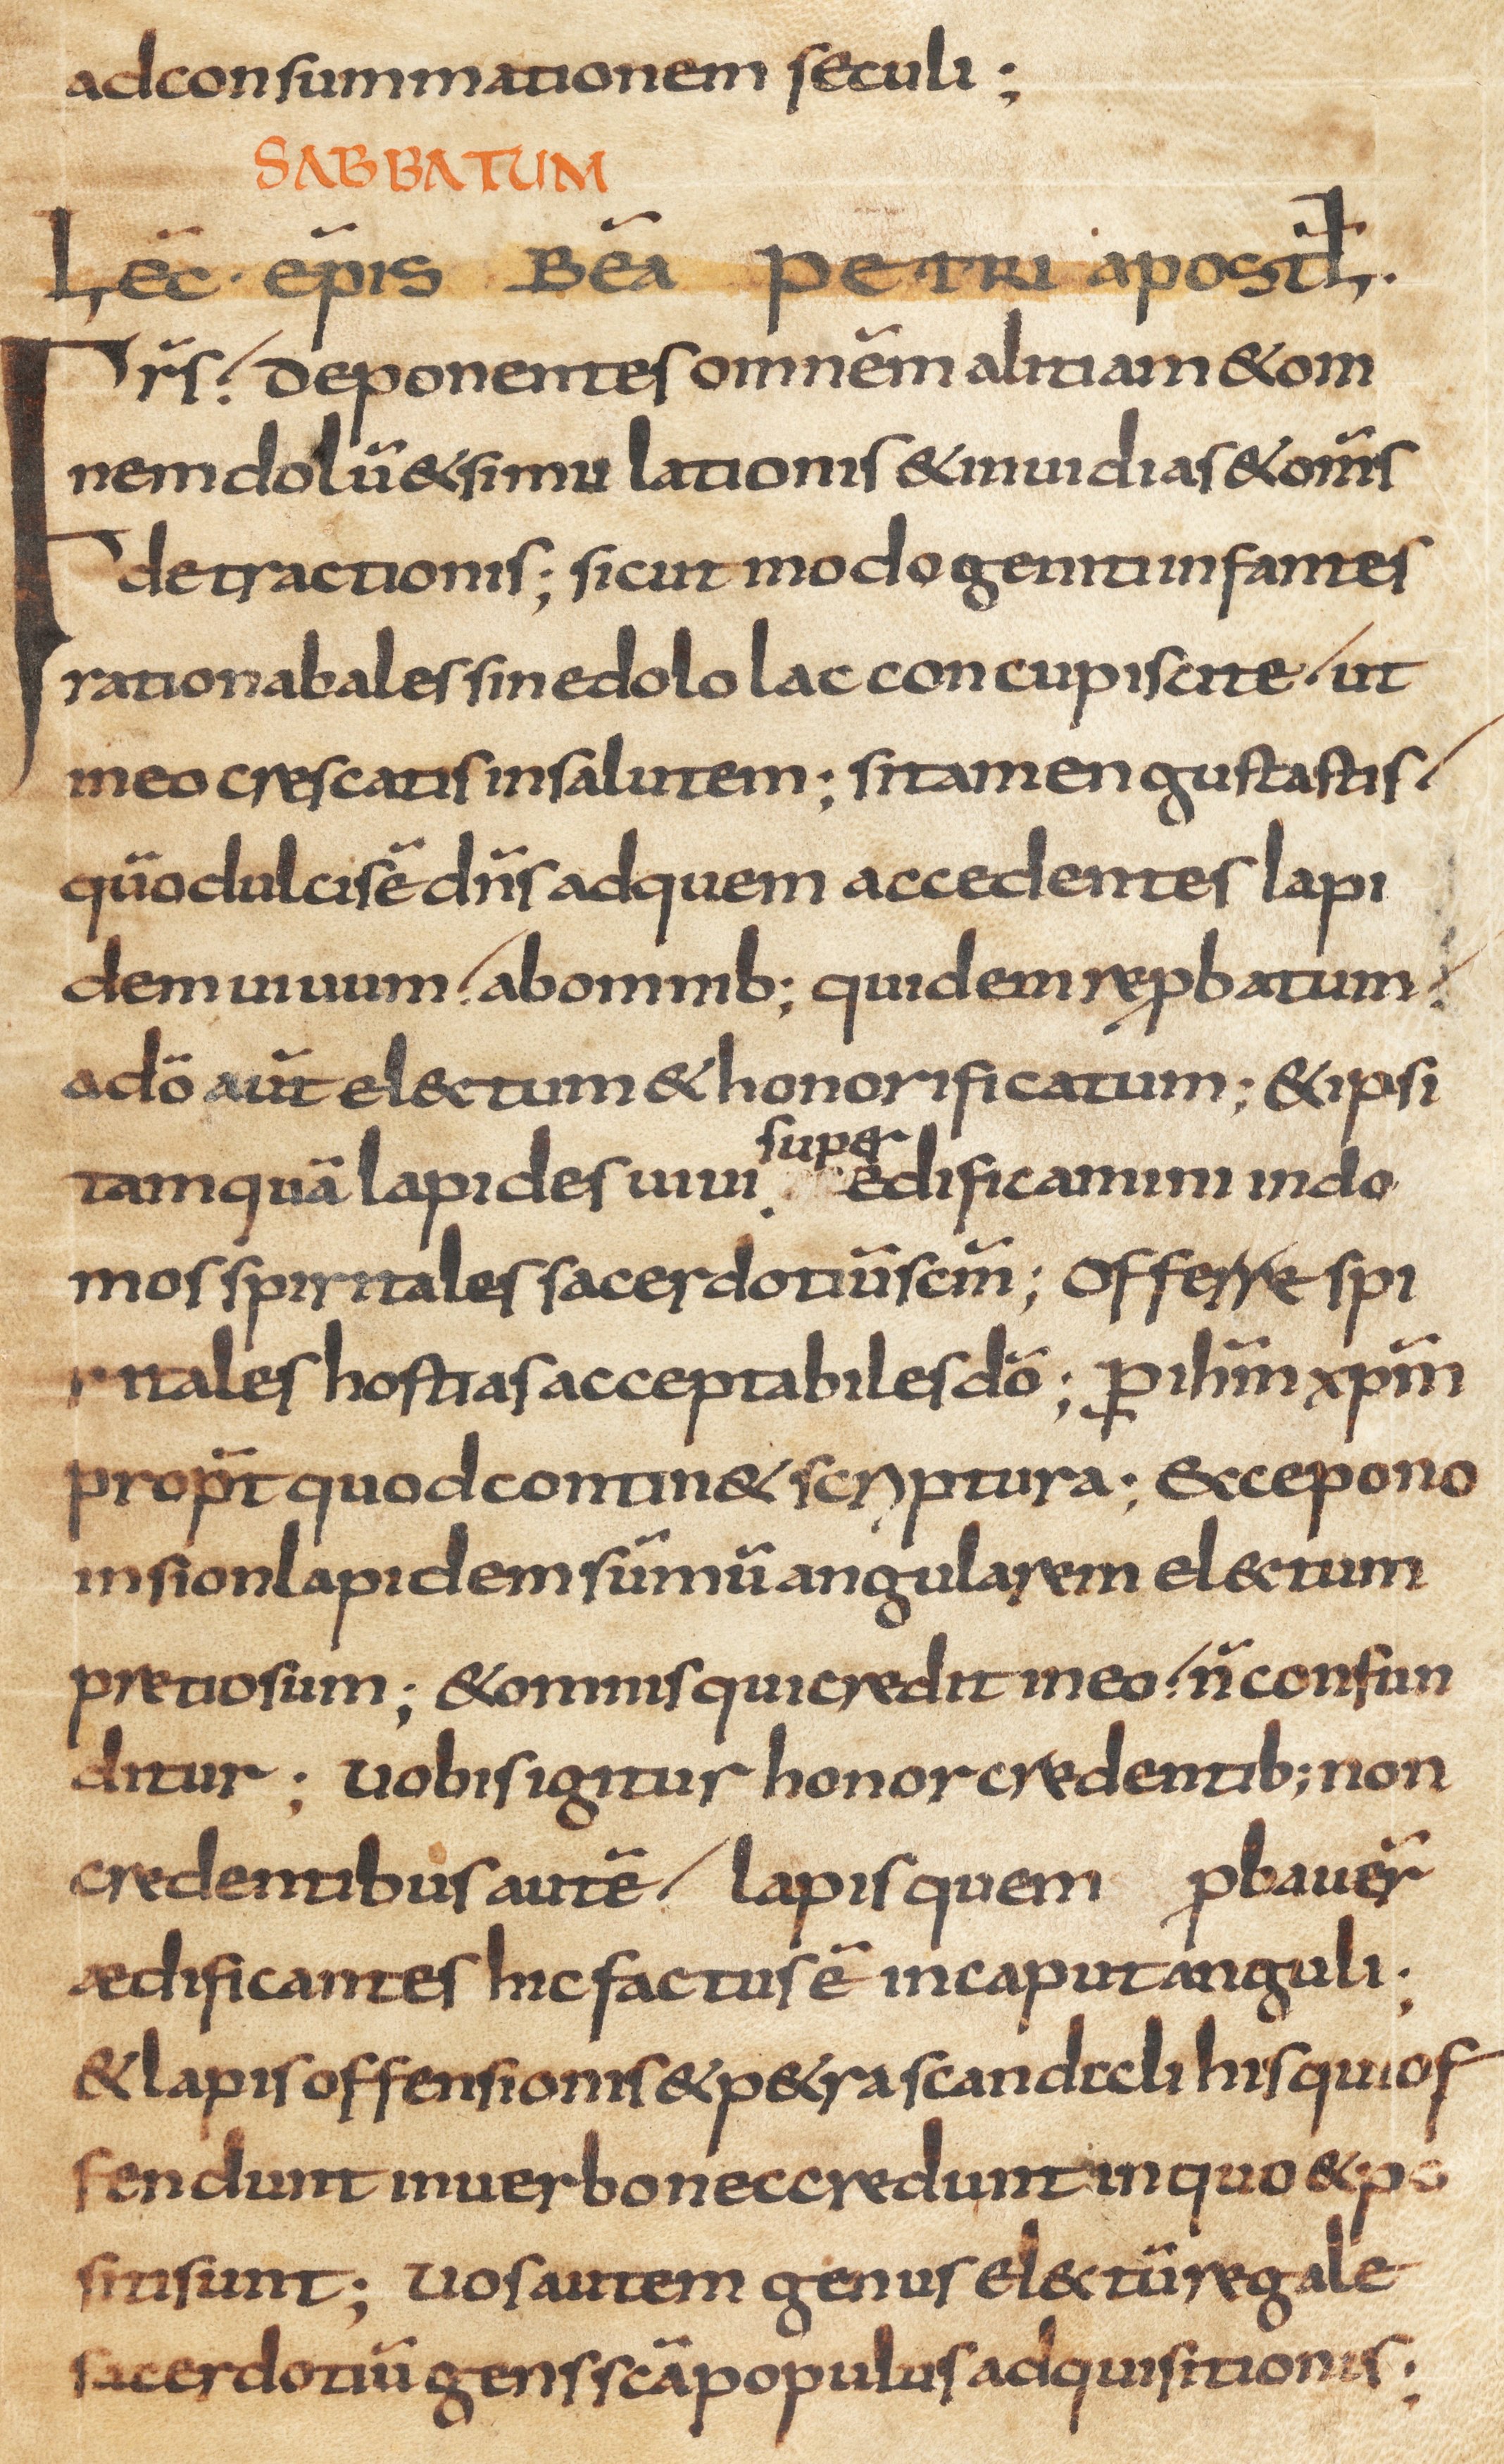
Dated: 800–830